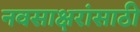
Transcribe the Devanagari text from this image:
नवसाक्षरांसाठी